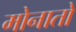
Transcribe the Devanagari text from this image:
मोनातो